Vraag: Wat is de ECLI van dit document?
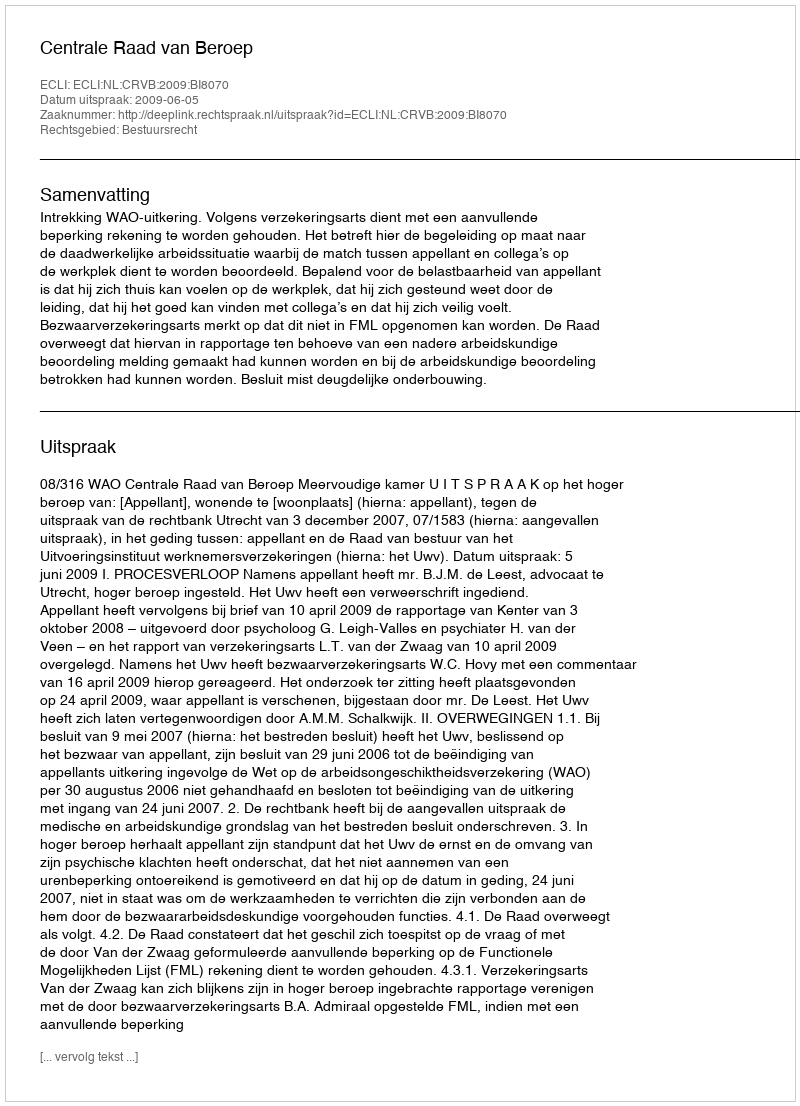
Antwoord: ECLI:NL:CRVB:2009:BI8070